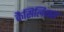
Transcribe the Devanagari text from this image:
कैसिलियस